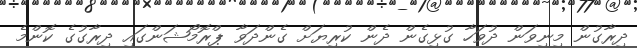
ދިރާގުން މިނިވަން ދުވަހާ ގުޅިގެން ދެން ކުރިޔަށް ގެންދަވާ ޕްރޮމޯޝަންގައި ދިރާގުގެ ކޮންމެ